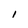
Character: i